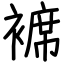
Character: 褯